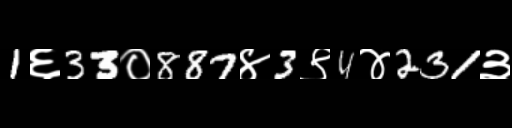
Text: 1६33०887४3९4४231३